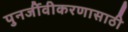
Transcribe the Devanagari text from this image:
पुनर्जीवीकरणासाठी